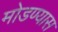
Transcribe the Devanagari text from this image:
मोडण्यास